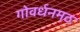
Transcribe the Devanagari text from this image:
गोवर्धनमठ